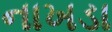
નાખડા